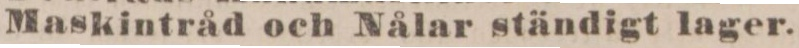
Maskintråd och Nålar ständigt lager.